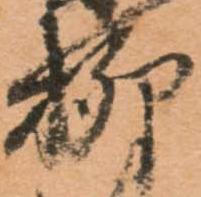
柳